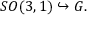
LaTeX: S O ( 3 , 1 ) \hookrightarrow G .